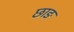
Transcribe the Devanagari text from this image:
छाङ